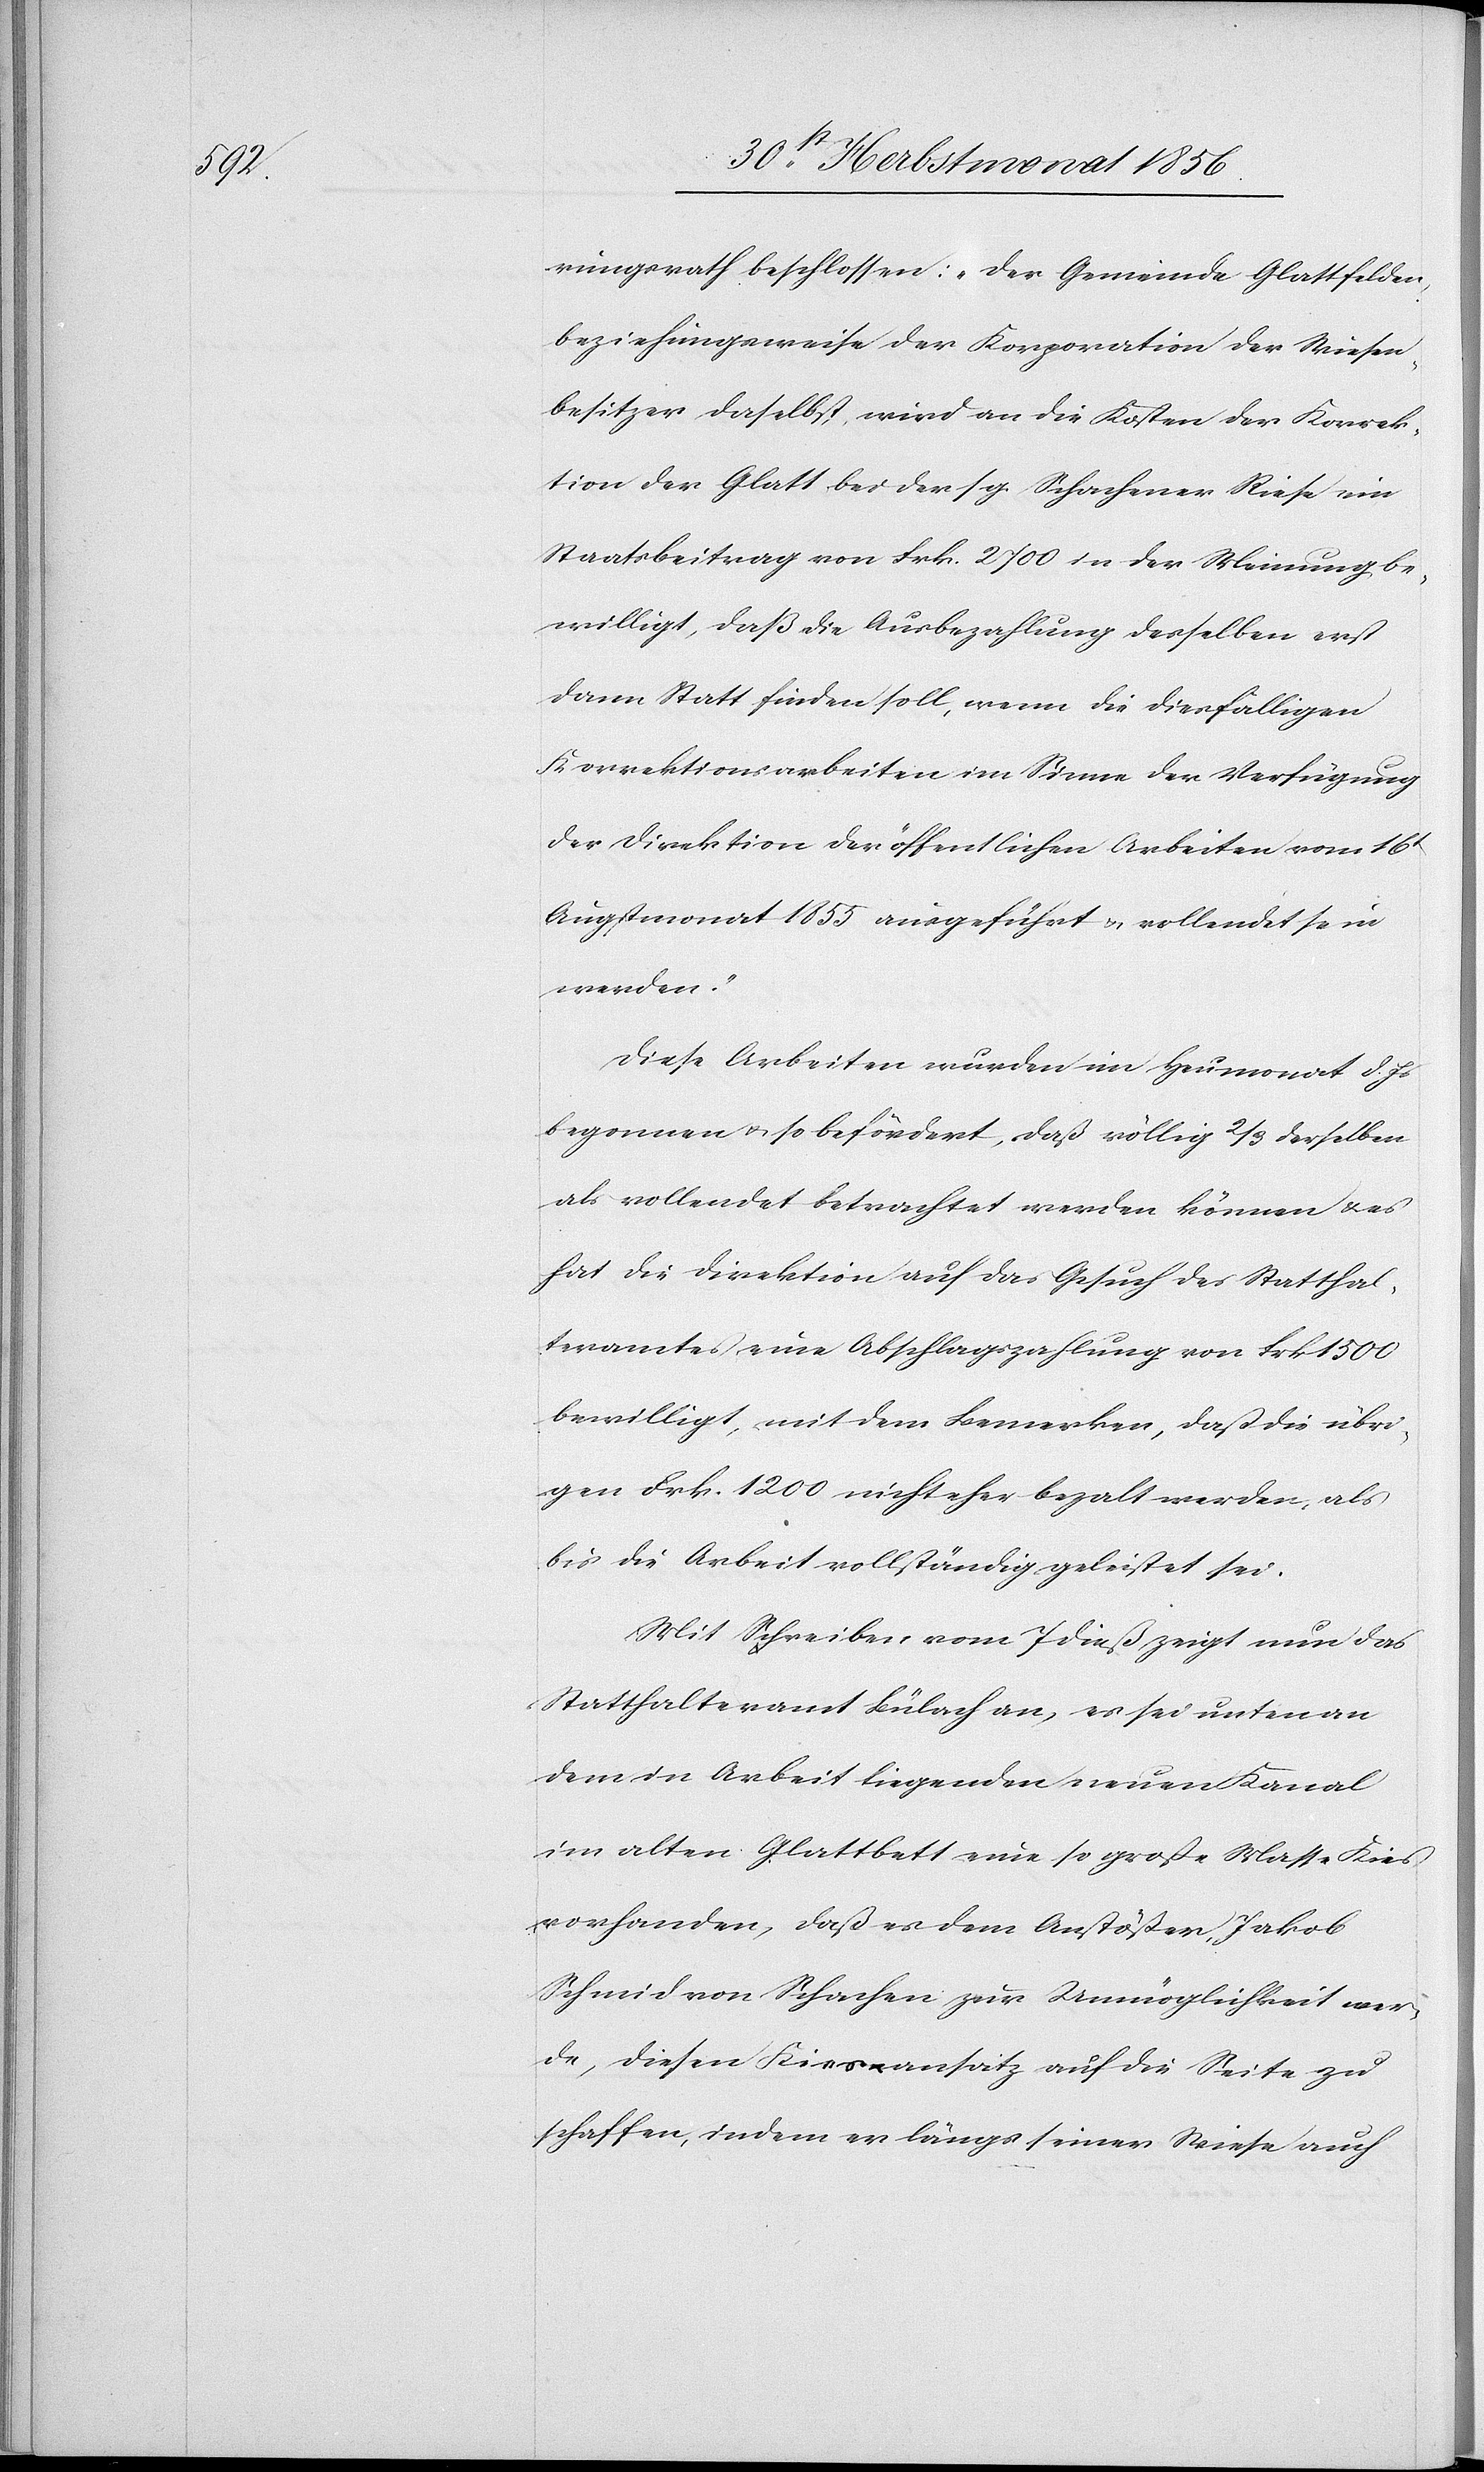
rungsrath beschlossen: „Der Gemeinde Glattfelden,
beziehungsweise der Korporation der Wiesen¬
besitzer daselbst, wird an die Kosten der Korrek¬
tion der Glatt bei der sg. Schachener Riese ein
Staatsbeitrag von Frk. 2700 in der Meinung be¬
willigt, daß die Ausbezahlung desselben erst
dann Statt finden soll, wenn die diesfälligen
Korrektionsarbeiten im Sinne der Verfügung
der Direktion der öffentlichen Arbeiten vom 16t
Augstmonat 1855 ausgeführt & vollendet sein
werden.“
Diese Arbeiten wurden im Heumonat d. Js
begonnen u. so befördert, daß völlig 2/3 derselben
als vollendet betrachtet werden können & es
hat die Direktion auf das Gesuch des Statthal¬
teramtes eine Abschlagszahlung von Frk. 1500
bewilligt, mit dem Bemerken, daß die übri¬
gen Frk. 1200 nicht eher bezalt werden, als
bis die Arbeit vollständig geleistet sei.
Mit Schreiben vom 7 dieß zeigt nun das
Statthalteramt Bülach an, es sei unten an
dem in Arbeit liegenden neuen Kanal
im alten Glattbett eine so große Masse Kies
vorhanden, daß es dem Anstößer, Jakob
Schmid von Schachen zur Unmöglichkeit wer¬
de, diesen Kiesansatz auf die Seite zu
schaffen, indem er längs seiner Wiese auch